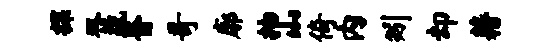
探双蔬杳哥廓抽山倚内矧却藉